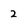
Character: 2